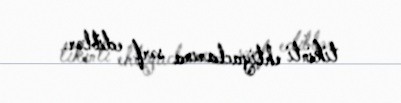
tikinti ehtiyaclarına sərf ediblər.